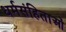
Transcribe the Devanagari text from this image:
धर्मसंहिताओं